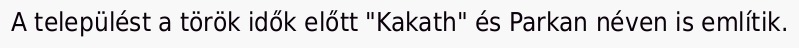
A települést a török idők előtt "Kakath" és Parkan néven is említik.